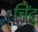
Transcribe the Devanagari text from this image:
चिंटु